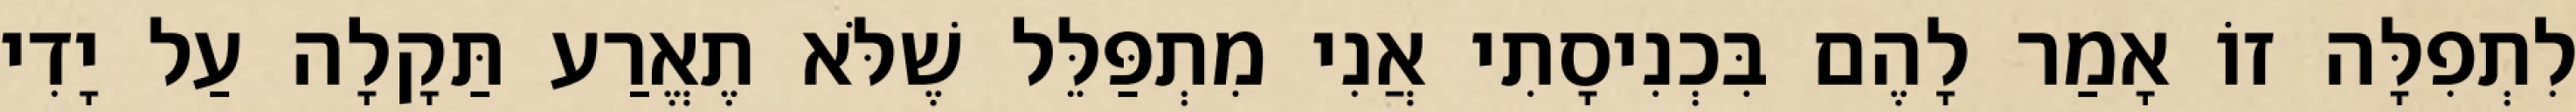
לִתְפִלָּה זוֹ אָמַר לָהֶם בִּכְנִיסָתִי אֲנִי מִתְפַּלֵּל שֶׁלֹּא תֶאֱרַע תַּקָלָה עַל יָדִי